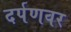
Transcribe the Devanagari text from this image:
दर्पणवर